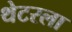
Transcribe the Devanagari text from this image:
थेटरला